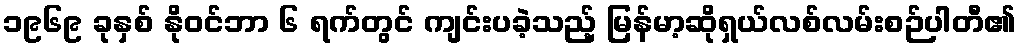
၁၉၆၉ ခုနှစ် နိုဝင်ဘာ ၆ ရက်တွင် ကျင်းပခဲ့သည့် မြန်မာ့ဆိုရှယ်လစ်လမ်းစဉ်ပါတီ၏